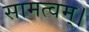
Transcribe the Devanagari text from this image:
सामत्वम्‌।